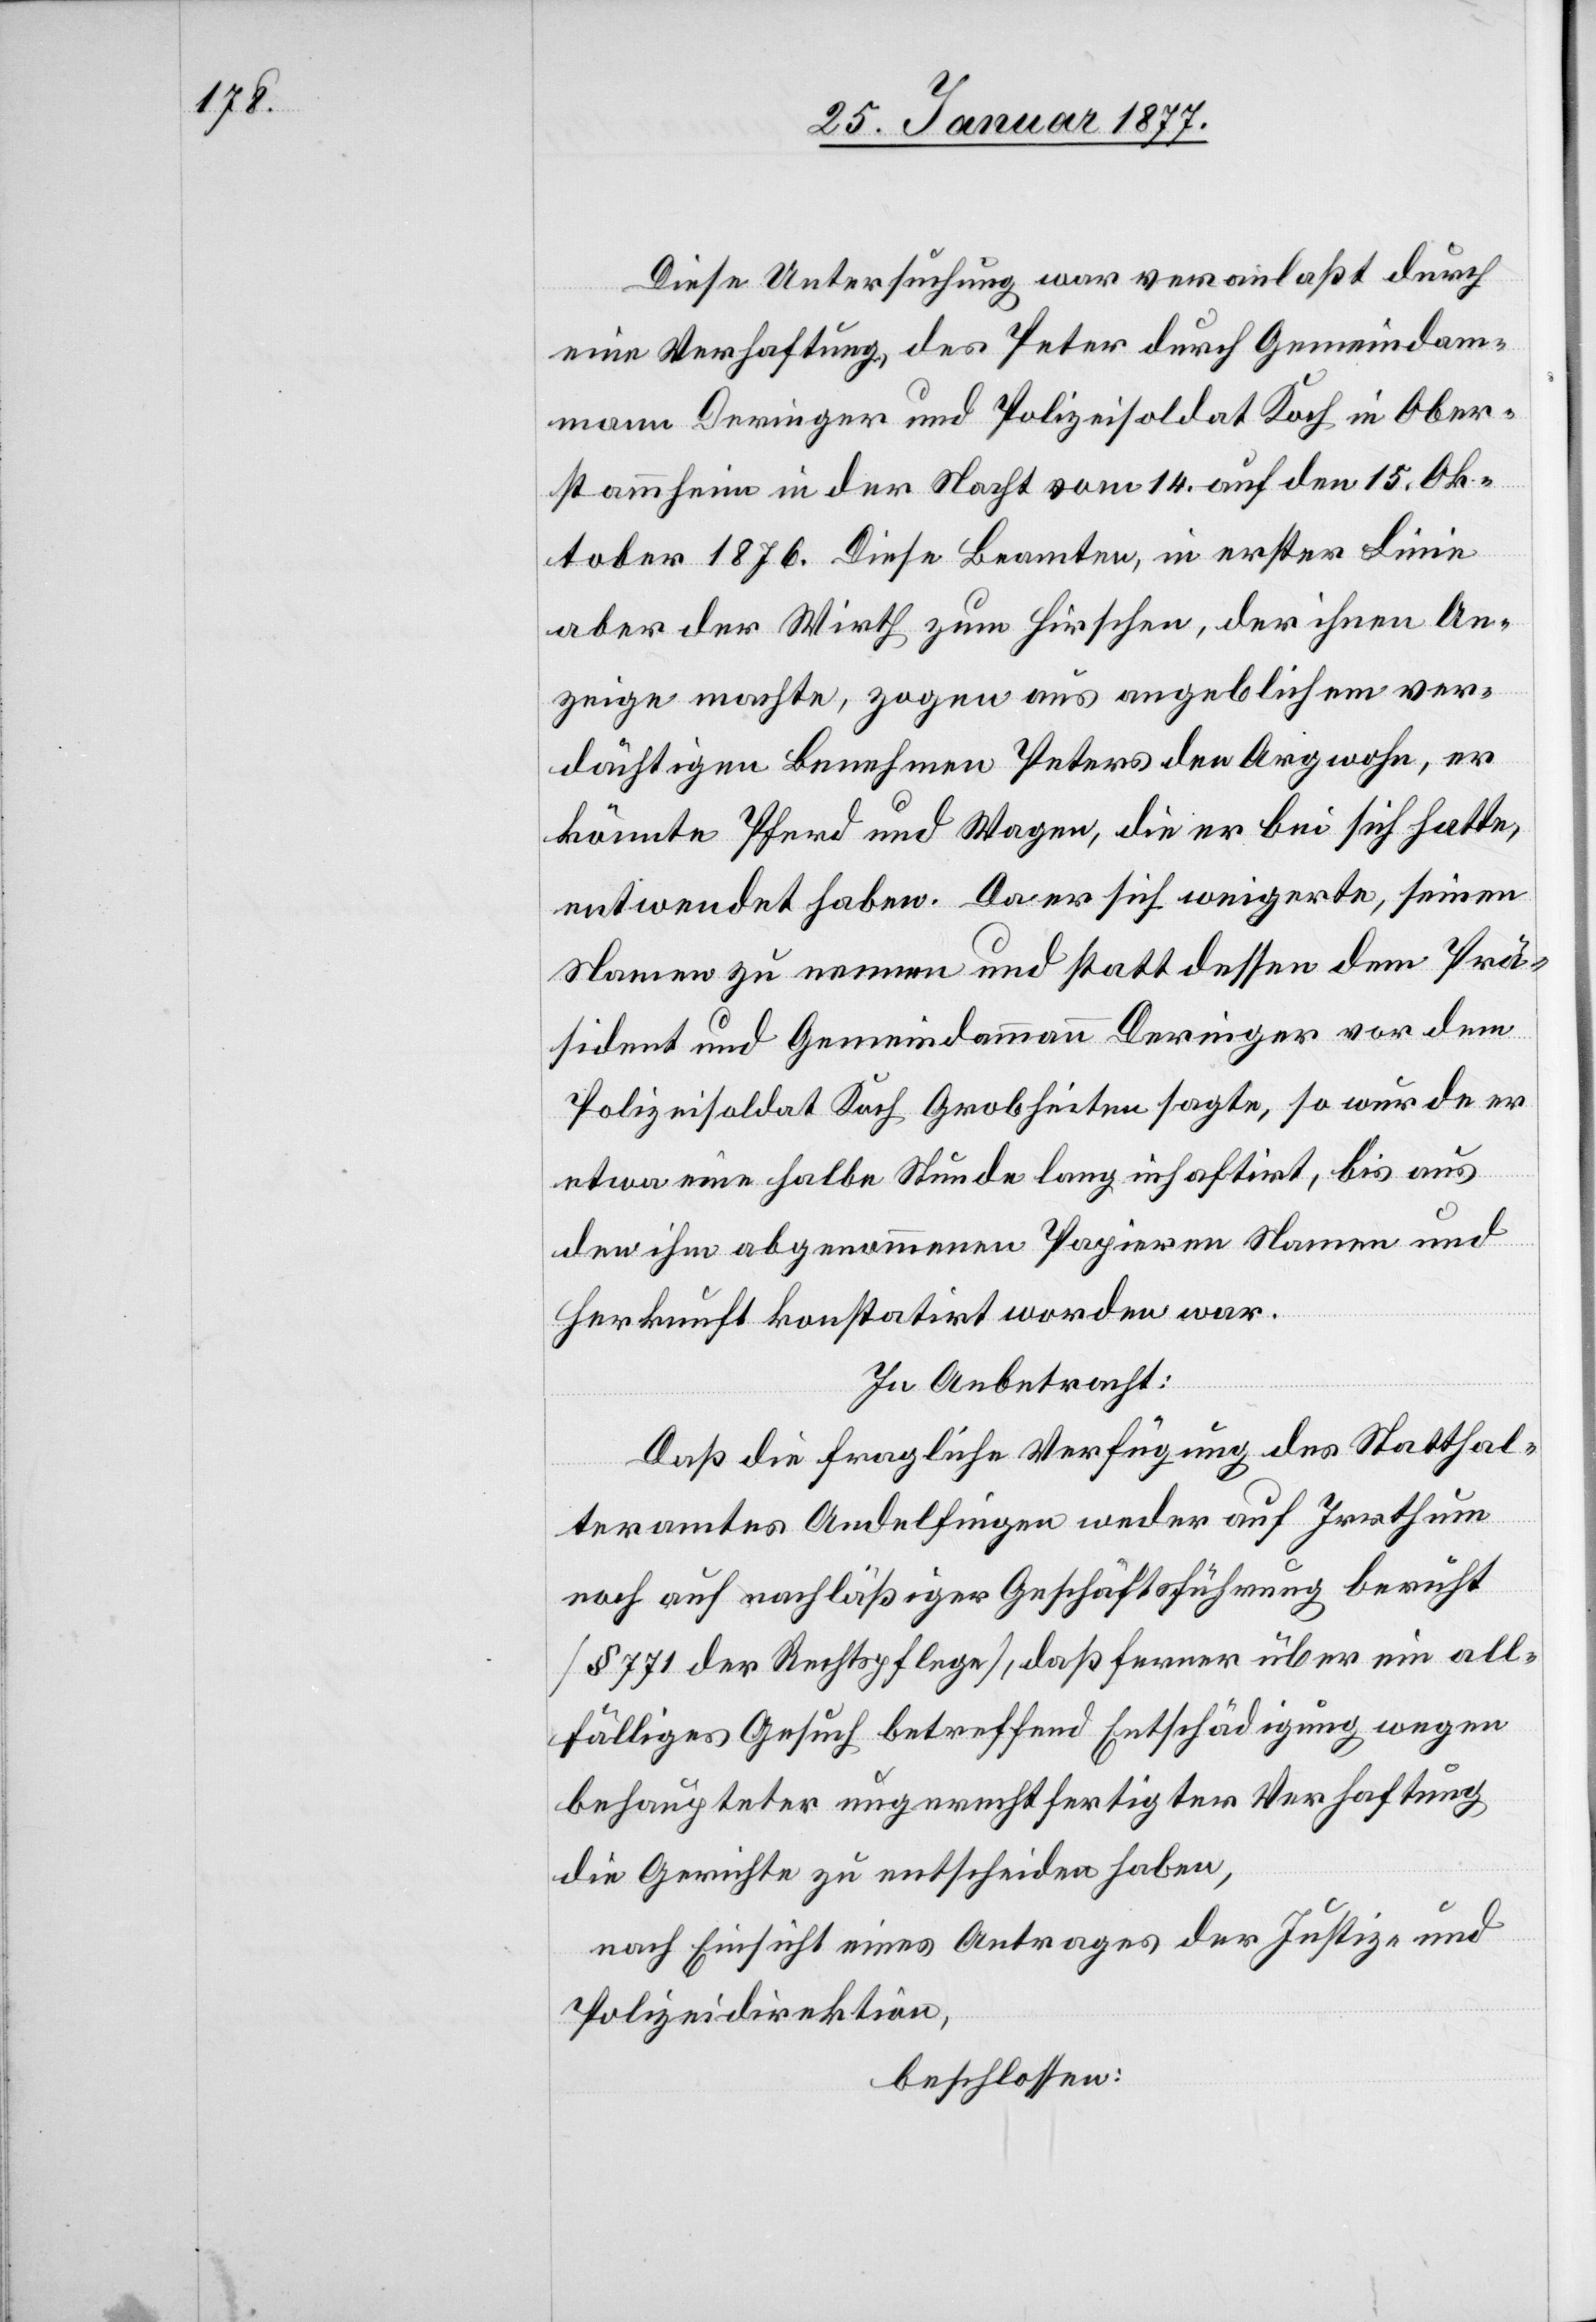
Diese Untersuchung war veranlaßt durch
eine Verhaftung, des Peter durch Gemeindam¬
mann Deringer und Polizeisoldat Koch in Ober¬
stammheim in der Nacht vom 14. auf den 15. Ok¬
tober 1876. Diese Beamten, in erster Linie
aber der Wirth zum Hirschen, der ihnen An¬
zeige machte, zogen aus angeblichem ver¬
dächtigen Benehmen Peters den Argwohn, er
könnte Pferd und Wagen, die er bei sich hatte,
entwendet haben. Da er sich weigerte, seinen
Namen zu nennen und statt dessen dem Prä¬
sident und Gemeindammann Deringer vor dem
Polizeisoldat Koch Grobheiten sagte, so wurde er
etwa eine halbe Stunde lang inhaftirt, bis aus
den ihm abgenommenen Papieren Namen und
Herkunft konstatirt worden war.
In Anbetracht:
Daß die fragliche Verfügung des Statthal¬
teramtes Andelfingen weder auf Irrthum
noch auf nachläßiger Geschäftsführung beruht
[§ 771 der Rechtspflege], daß ferner über ein all¬
fälliges Gesuch betreffend Entschädigung wegen
behaupteter ungerechtfertigter Verhaftung
die Gerichte zu entscheiden haben,
nach Einsicht eines Antrages der Justiz- und
Polizeidirektion,
beschlossen: